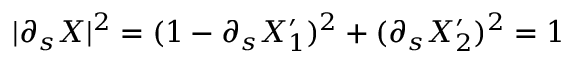
\vert \partial _ { s } { \ensuremath \boldsymbol { X } } \vert ^ { 2 } = ( 1 - \partial _ { s } X _ { 1 } ^ { \prime } ) ^ { 2 } + ( \partial _ { s } X _ { 2 } ^ { \prime } ) ^ { 2 } = 1